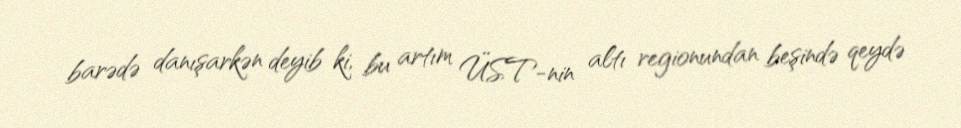
barədə danışarkən deyib ki, bu artım ÜST-nin altı regionundan beşində qeydə